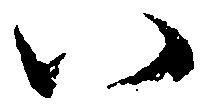
八